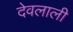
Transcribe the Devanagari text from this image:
देवलाली